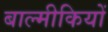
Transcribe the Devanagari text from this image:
बाल्मीकियों